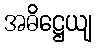
အဓိဋ္ဌေယျ